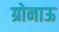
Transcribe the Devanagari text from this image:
ग्रोनाऊ